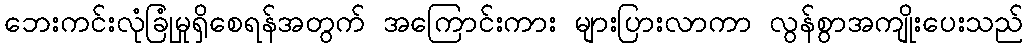
ဘေးကင်းလုံခြုံမှုရှိစေရန်အတွက် အကြောင်းကား များပြားလာကာ လွန်စွာအကျိုးပေးသည်